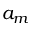
a _ { m } ^ { \phantom { \dagger } }